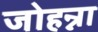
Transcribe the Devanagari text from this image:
जोहन्ना